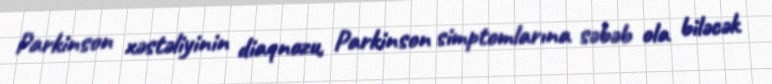
Parkinson xəstəliyinin diaqnozu, Parkinson simptomlarına səbəb ola biləcək